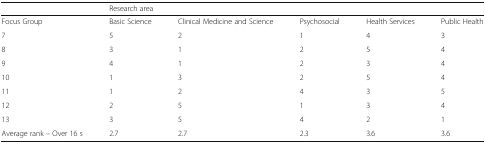
<table><thead><tr><td></td><td colspan="5"><b>Research area</b></td></tr></thead><tbody><tr><td>Focus Group</td><td>Basic Science</td><td>Clinical Medicine and Science</td><td>Psychosocial</td><td>Health Services</td><td>Public Health</td></tr><tr><td>7</td><td>5</td><td>2</td><td>1</td><td>4</td><td>3</td></tr><tr><td>8</td><td>3</td><td>1</td><td>2</td><td>5</td><td>4</td></tr><tr><td>9</td><td>4</td><td>1</td><td>2</td><td>3</td><td>4</td></tr><tr><td>10</td><td>1</td><td>3</td><td>2</td><td>5</td><td>4</td></tr><tr><td>11</td><td>1</td><td>2</td><td>4</td><td>3</td><td>5</td></tr><tr><td>12</td><td>2</td><td>5</td><td>1</td><td>3</td><td>4</td></tr><tr><td>13</td><td>3</td><td>5</td><td>4</td><td>2</td><td>1</td></tr><tr><td>Average rank – Over 16 s</td><td>2.7</td><td>2.7</td><td>2.3</td><td>3.6</td><td>3.6</td></tr></tbody></table>